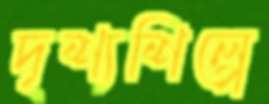
দৃশ্যশিল্পে